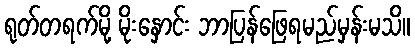
ရုတ်တရက်မို့ မိုးနှောင်း ဘာပြန်ဖြေရမည်မှန်းမသိ။